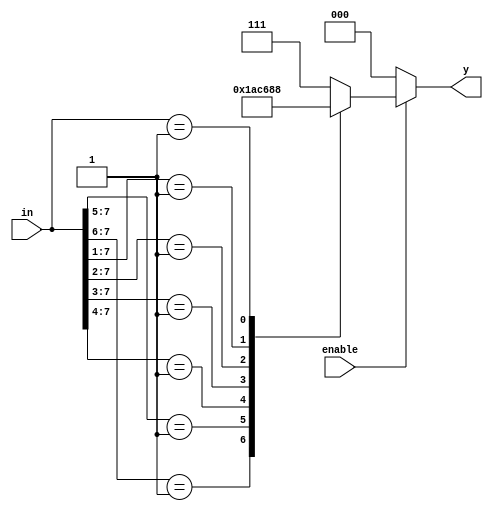
// this is a 8 to 3 decoder => with priority enabled
module priority_encoder(
    input wire[7:0] in, // input given
    input wire enable, //chip enable => active high
    output reg [2:0] y // encoded output
    );
	
	always@ * begin
        if (!enable)
            y[2:0] = 4'h0;
        else
		casez(in)
            8'b1???????: y = 3'b111; // d7
            8'b01??????: y = 3'b110; // d6
            8'b001?????: y = 3'b101; // d5
			8'b0001????: y = 3'b100; // d4
			8'b00001???: y = 3'b011; // d3
			8'b000001??: y = 3'b010; // d2
			8'b0000001?: y = 3'b001; // d1
			8'b00000001: y = 3'b000; // d0
			default: y = 3'b111;     // default is highest priority => d7
			endcase
		end
endmodule